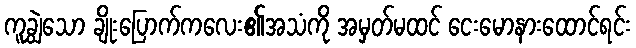
ကူချွဲသော ချိုးပြောက်ကလေး၏အသံကို အမှတ်မထင် ငေးမောနားထောင်ရင်း